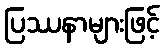
ပြဿနာများဖြင့်